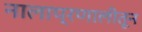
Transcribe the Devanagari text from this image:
नालाप्रणालीतून